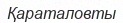
Қараталовты